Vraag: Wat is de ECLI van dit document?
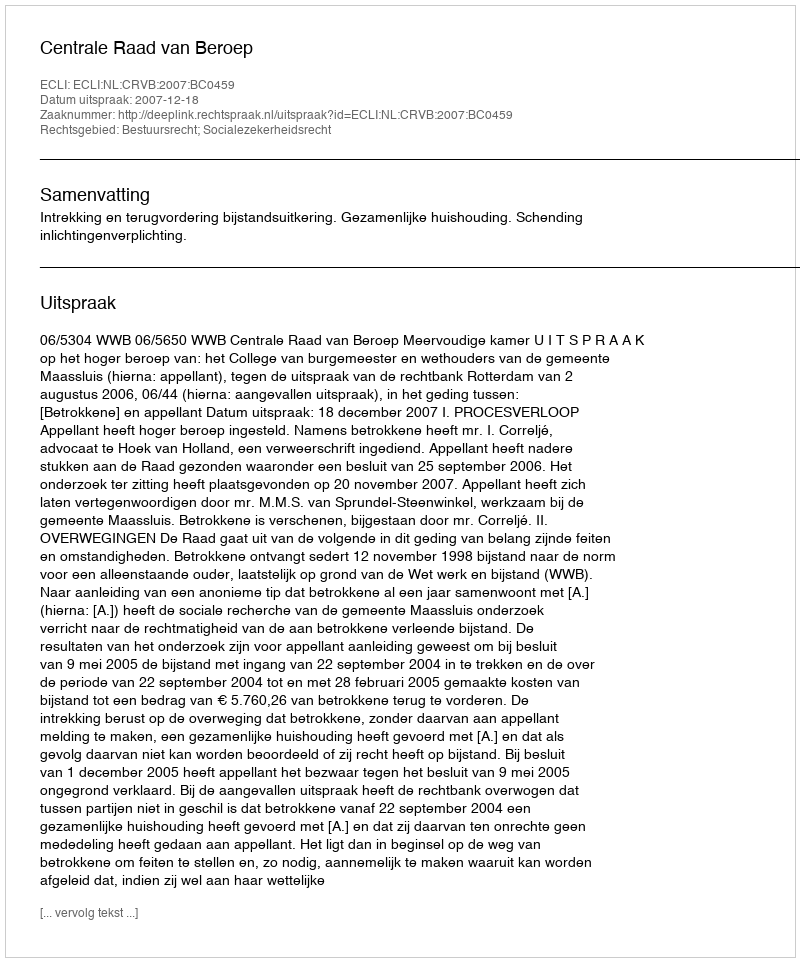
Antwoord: ECLI:NL:CRVB:2007:BC0459